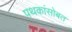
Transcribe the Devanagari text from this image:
पथकांसोबत